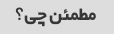
مطمئن چی؟